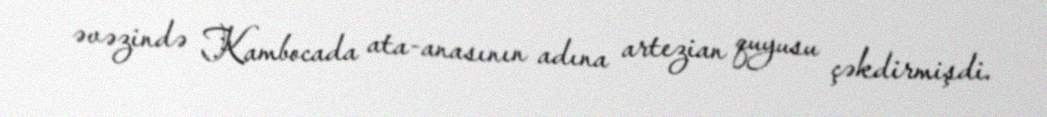
əvəzində Kambocada ata-anasının adına artezian quyusu çəkdirmişdi.